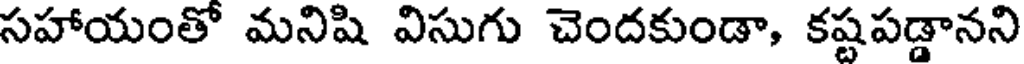
సహాయంతో మనిషి విసుగు చెందకుండా, కష్టపడ్డానని